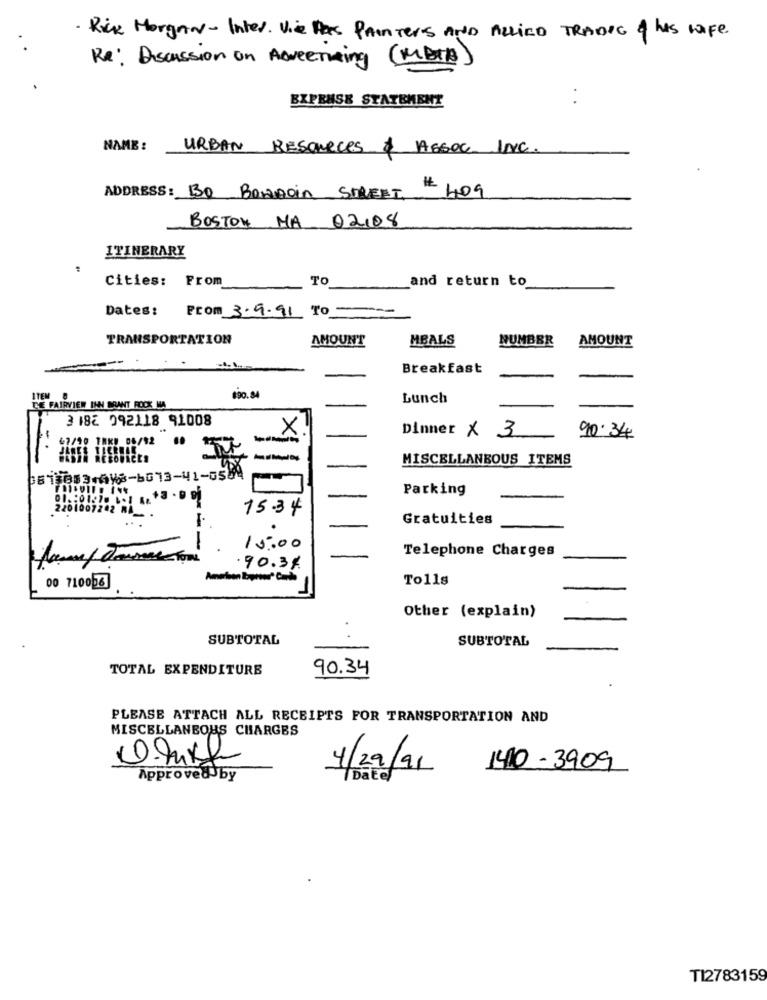
. Rick Morgan- Inter. Vie Has Painters AND ALLIED TRADIC of his wife
Re: Discussion on Aweetring (MB+B)
EXPENSE STATEMENT
NAME :
URBAN RESOURCES & ASSOC INC.
# 409
ADDRESS: BO Bowdoin STREET #
BOSTON MA 02,08
ITINERARY
Cities: From
TO
and return to
Dates: From 3.9.91 To -
TRANSPORTATION
AMOUNT
MBALS
NUMBER
AMOUNT
Breakfast
ITEM
690. 84
Lunch
CE FAIRVIEW INN BRANT ROCK MA
3 182 092118 91008
X
Dinner × 3
230 IRKU 08/92
90.34
-
MISCELLANEOUS ITEMS
Parking
2201007202 RA
15.34
Gratuities
1
15:00
Telephone Charges
.90.34
Tolls
00 710056
Other (explain)
SUBTOTAL
SUBTOTAL
TOTAL EXPENDITURE
90.34
PLEASE ATTACH ALL RECEIPTS FOR TRANSPORTATION AND
MISCELLANEOUS CHARGES
4/29/91
1410-3909
^pprovеёБұ
TI2783159